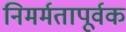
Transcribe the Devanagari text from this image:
निमर्मतापूर्वक